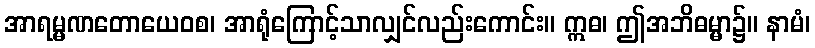
အာရမ္မဏတောယေဝစ၊ အာရုံကြောင့်သာလျှင်လည်းကောင်း။ ဣဓ၊ ဤအဘိဓမ္မာ၌။ နာမံ၊